NAE_ERA_R-2632_ENSV_TA_Emakeele_Selts_1945-1955, lk 38
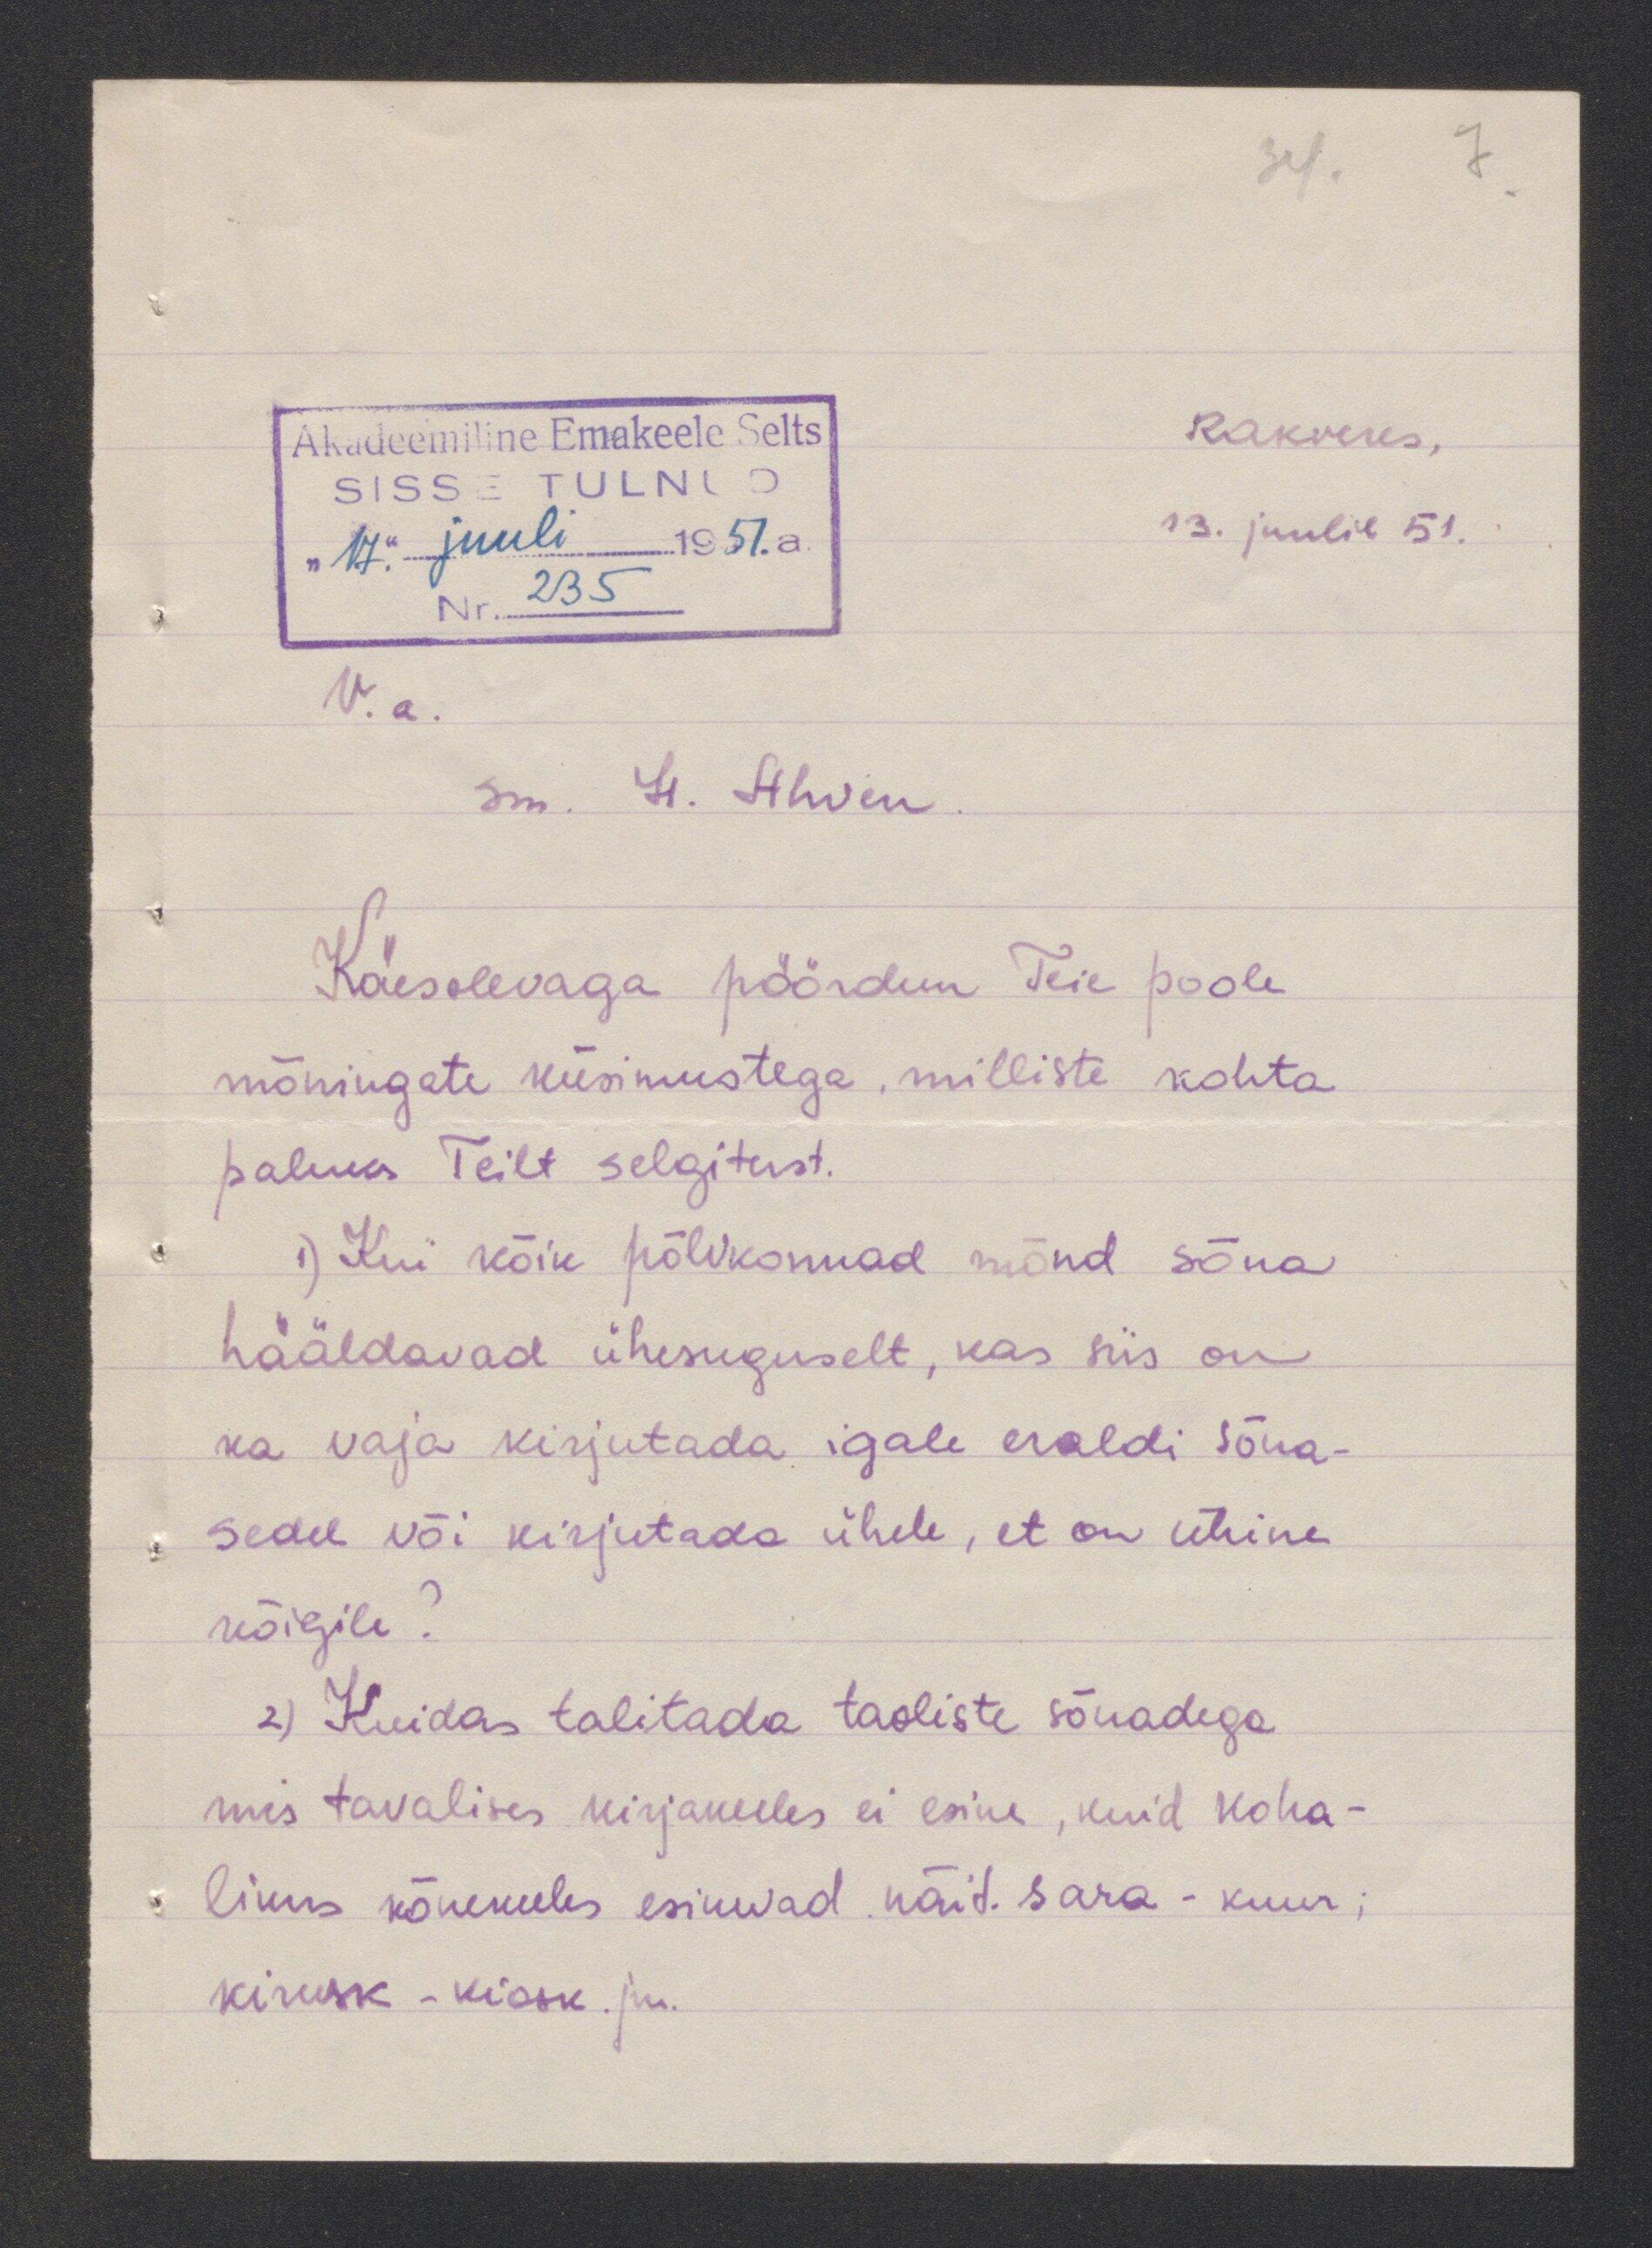
Rakveres,
13. juulil 51.
V.a
sm. H. Ahven
Käesolevaga pöördun Teie poole
mõningate küsimustega, milliste kohta
paluks Teilt selgitust.
1) Kui kõik põlvkonnad mõnd sõna
hääldavad ühesuguselt, kas siis on
ka vaja kirjutada igale eraldi sõna-
sedel või kirjutada ühele, et on ühine
kõigile?
2) Kuidas talitada taoliste sõnadega
mis tavalises kirjakeeles ei esine, kuid koha-
likus kõnekeeles esinevad näid. sara - kuur;
kirurk - kiosk. jm.